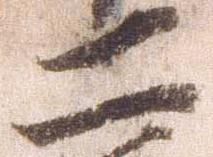
二